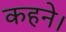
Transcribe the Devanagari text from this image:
कहने।